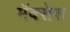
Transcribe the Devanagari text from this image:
मॅक्सेस